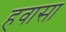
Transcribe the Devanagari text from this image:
हवासा